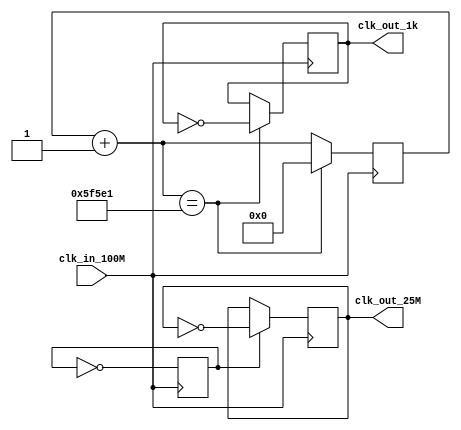

module clk_gen(
    input clk_in_100M,
    output reg clk_out_25M,
    output reg clk_out_1k
    );

	reg [19:0] count_bit = 0;
	
	reg count_bit_1 = 0;	
	
	always @(posedge clk_in_100M)	begin
		count_bit = count_bit + 1;
		if (count_bit == 19'b1011111010111100001) begin
			clk_out_1k = ~clk_out_1k;
			count_bit = 0;
		end
	end
	
	always @(posedge clk_in_100M)
	begin
		count_bit_1 = ~ count_bit_1;
		if (~count_bit_1)
			clk_out_25M = ~clk_out_25M;
	end
	
	
endmodule